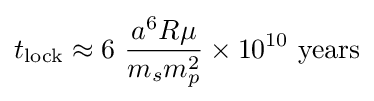
t_{\text{lock}}\approx 6\ {\frac {a^{6}R\mu }{m_{s}m_{p}^{2}}}\times 10^{10}\ {\text{years}}